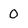
Character: 0